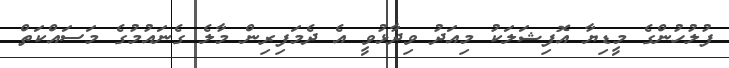
ފުލުހުންގެ މީޑިޔާ އޮފިޝަލަކު މިއަދު ވިދާޅުވީ އެ ދެމަފިރިން މާލެ ގެނައުމުގެ މަސައްކަތް